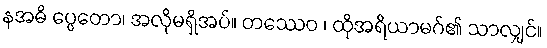
နအဓိ ပ္ပေတော၊ အလိုမရှိအပ်။ တဿေဝ ၊ ထိုအရိယာမဂ်၏ သာလျှင်။